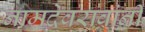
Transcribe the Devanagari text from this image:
नामदेवरावांनी